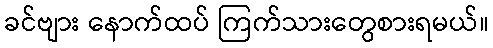
ခင်ဗျား နောက်ထပ် ကြက်သားတွေစားရမယ်။